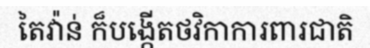
តៃវ៉ាន់ ក៏បង្កើតថវិកាការពារជាតិ